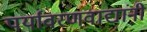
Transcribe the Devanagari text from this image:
पर्यावरणवाद्यांनी